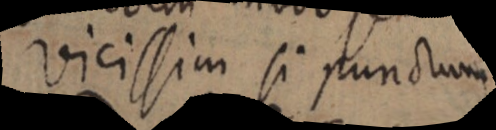
vicissim si punctum